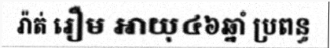
រ៉ាត់ រឿម អាយុ៤៦ឆ្នាំ ប្រពន្ធ